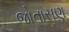
જોતાસણ